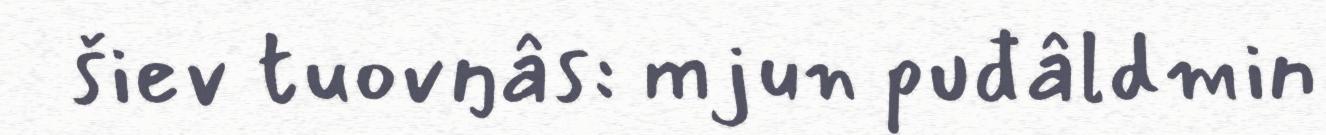
šiev tuovŋâs: mjun puđâldmin